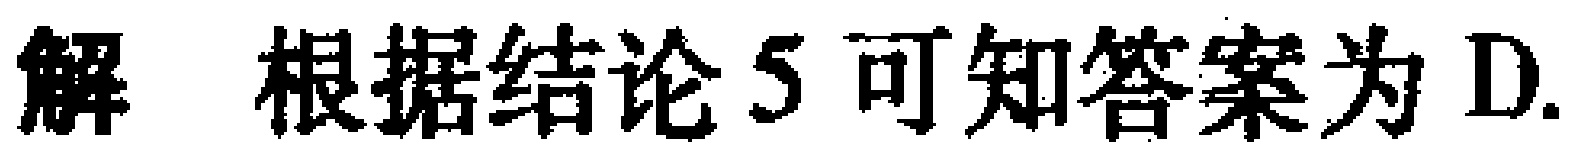
解 根据结论5可知答案为D.
解 根据结论5可知答案为D.